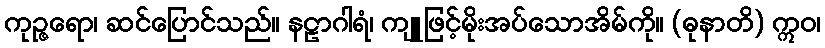
ကုဉ္ဇရော၊ ဆင်ပြောင်သည်။ နဠာဂါရံ၊ ကျူဖြင့်မိုးအပ်သောအိမ်ကို။ (ဓုနာတိ) ဣဝ၊